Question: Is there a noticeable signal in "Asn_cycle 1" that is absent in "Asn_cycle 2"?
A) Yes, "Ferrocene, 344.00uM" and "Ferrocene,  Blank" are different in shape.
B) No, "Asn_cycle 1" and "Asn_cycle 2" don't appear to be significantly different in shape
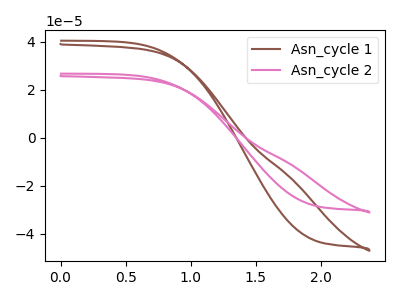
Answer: <think>The brown curve "Asn_cycle 1" has no peaks. The pink curve "Asn_cycle 2" has no peaks.
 Neither "Asn_cycle 1" or "Asn_cycle 2" have any peaks.</think>
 <answer>B) No, "Asn_cycle 1" and "Asn_cycle 2" don't appear to be significantly different in shape</answer>
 <eval>B</eval>